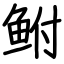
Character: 鲋